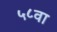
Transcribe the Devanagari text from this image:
५८वा